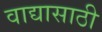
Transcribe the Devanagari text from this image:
वाद्यासाठी